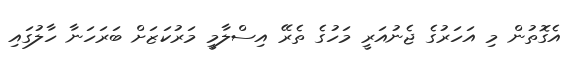
އެގޮތުން މި އަހަރުގެ ޖެނުއަރީ މަހުގެ ތެރޭ އިސްލާމީ މަރުކަޒަށް ބަރަހަނާ ހާލުގައި